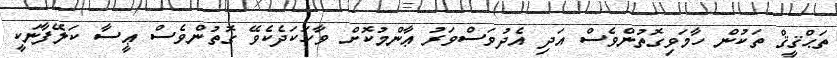
ތަޙްޤީޤް ތަކުން ހާމަވިގޮތުންވެސް އަދި އެދުވަސްވަރު ޢާންމުކޮށް ވާހަކަދެކެވޭ ގޮތުންވެސް ޢީސާ ކަލޭފާނަކީ